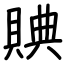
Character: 賟